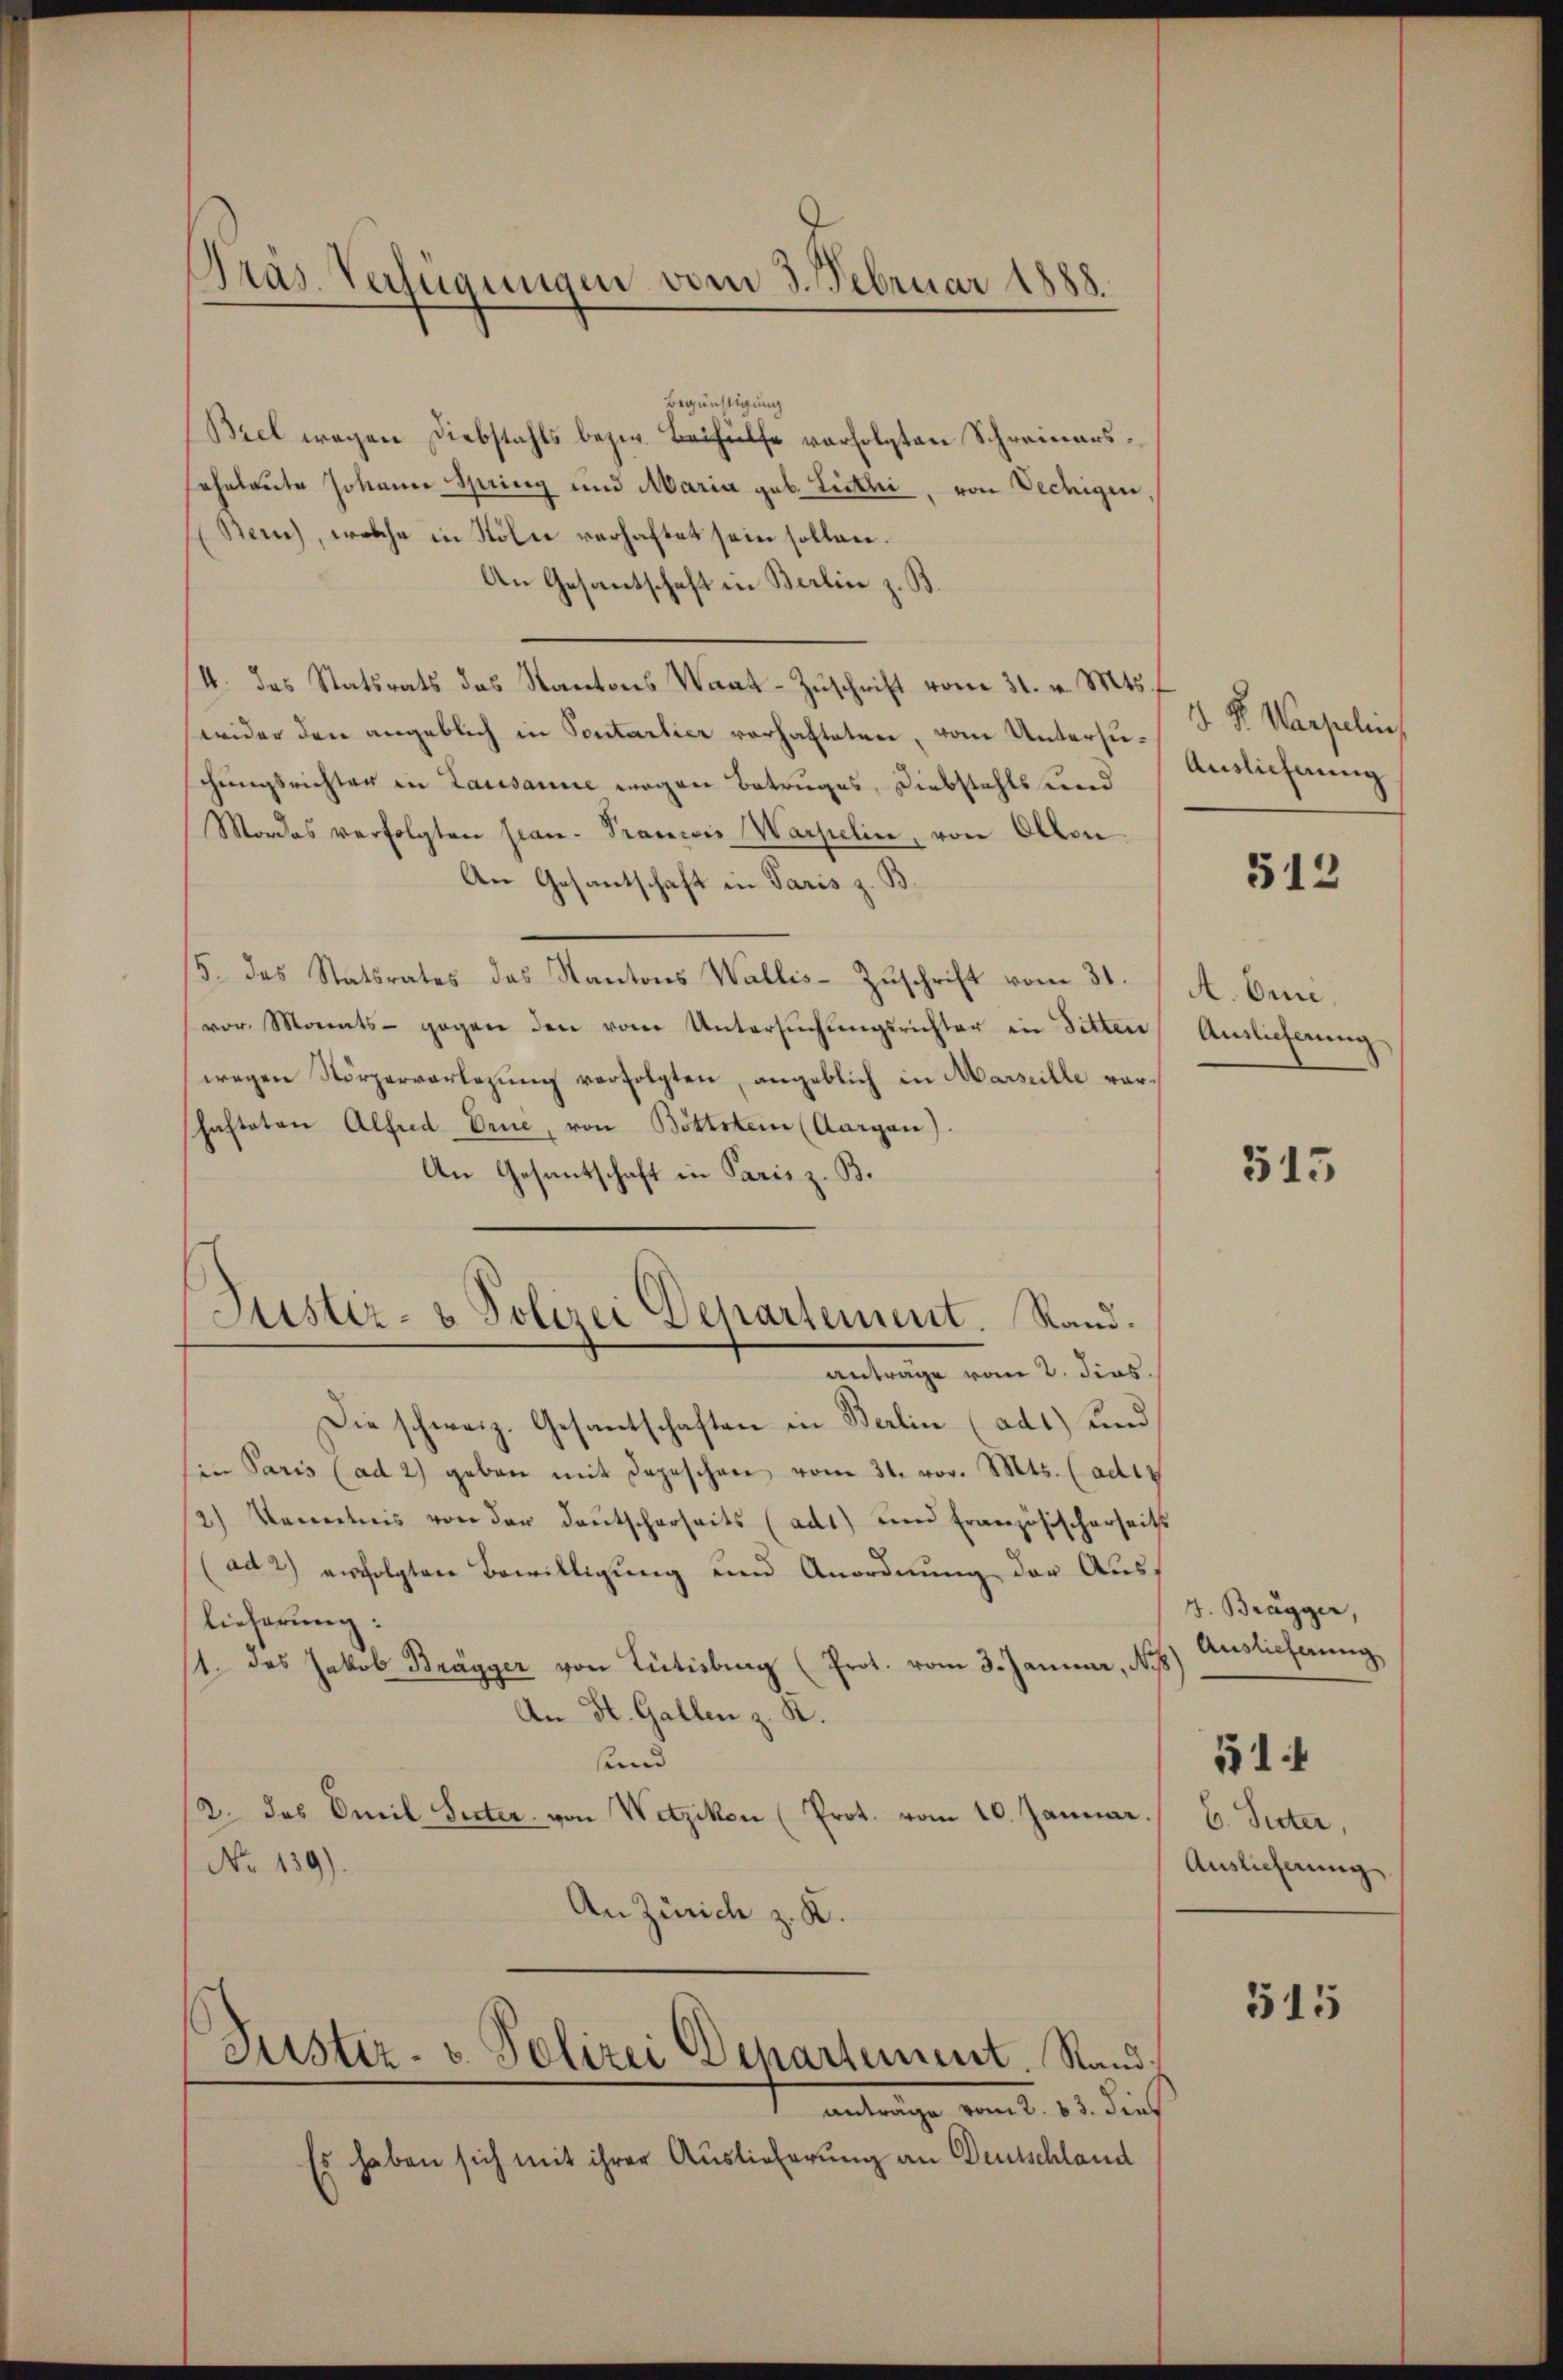
Präs. Verfügungen vom 3. Februar 1888.

Begünstigung
Biel wegen Diebstahls bezw. Beihülfe verfolgten Schreinarssehnlaute Johann Spring und Maria geb. Listhi, von Dechigen,
Bein), welche in Kolie verhaftet sein sollen.
An Gesantschaft in Berlin z. B.
I. das Statsrats das Kantons Waat-Zuschrift vom 31. v. Mts. f
wider den angeblich in Sontartier vorhafteten, vom Untersuchungsrichter in Lausanne mögen Betruges, Diebstahls und
Mordes verfolgten Jean Prancis Warpelin, von Olten
An Gesantschaft in Paris z. B.
/5. des Statsrates das Kantons Wallis-Zŭschrift vom 31.
vor. Monats gegen den vom Untersŭchŭngsrichter in Sitten
wegen Störperverlegung verfolgten, angeblich in Marseille vorhafteten Alfred Erne, von Böttstein (Aargau).
An Gesantschaft in Paris z. B.
Justiz- & Polizei Departement. Stand.
anträge vom 2. Fins.
Die schweiz. Gesantschaften in Berlin (ad1) und
in Paris (ad 2) geben mit Depeschen vom 31. vor. Mts. (adig
2) Kenntnis von der deŭtscherseits (ad1) und Französischerseits
(ad 2) erfolgten Bewilligung und Anordnung der Auslieferung:
11. das Jakob Brägger von Tütisburg (Prot. vom 3. Januar, Ns.) Auslieferung
An St. Gallen z. R.
sund
2. das Emil Secter von Wetzikon (Prot. vom 10. Januar.
No 139).
An Zürich z. K.
Justiz- & Polizei Departement. Randanträge vom 2. 83. dies
Es haben sich mit ihrer Auslieferung an Deutschland

V. P. Waiselin,
Auslieferung

512

A. Ome
Auslieferung

515

J. Brägger,
C. Suter,
Auslieferung.

114

515